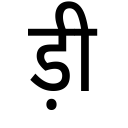
OCR:
ड़ी